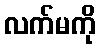
လက်မကို